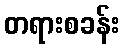
တရားစခန်း